Medical and sanitary report of the native army of Bengal for the year
Year: 1877
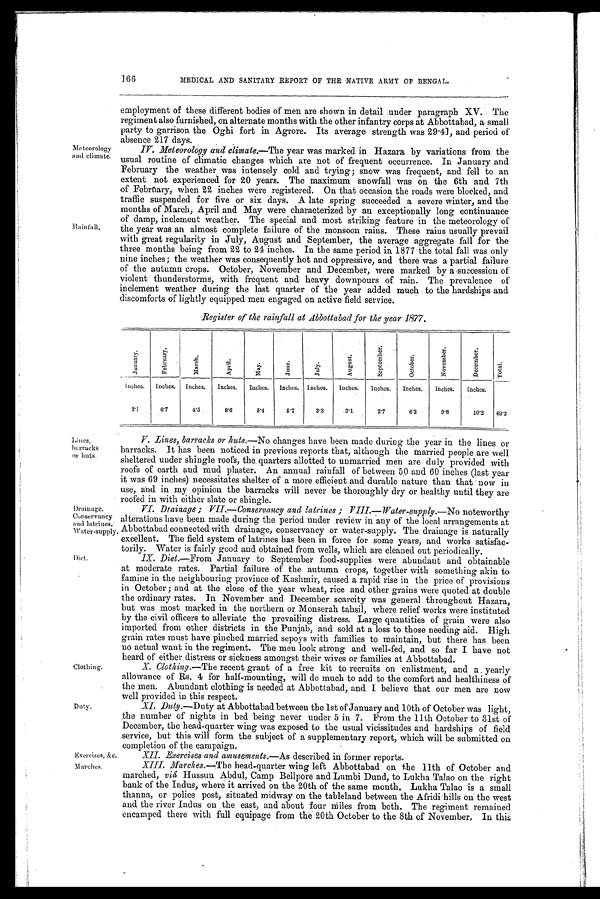
166
MEDICAL AND SANITARY REPORT OF THE NATIVE ARMY OF BENGAL.
Meteorology
and climate.
Rainfall.
employment of these different bodies of men are shown in detail under paragraph XV. The
regiment also furnished, on alternate months with the other infantry corps at Abbottabad, a small
party to garrison the Oghi fort in Agrore. Its average strength was 29.41, and period of
absence 217 clays.
IV. Meteorology and climate.—The year was marked in Hazara by variations from the
usual routine of climatic changes which are not of frequent occurrence. In January and
February the weather was intensely cold and trying; snow was frequent, and fell to an
extent not experienced for 20 years. The maximum snowfall was on the 6th and 7th
of February, when 22 inches were registered. On that occasion the roads were blocked, and
t r a f f i c s u s p e n d e d f o r f i v e o rs i x
d a y s . A l a t e s p r i n g s u c c e e d e d a s e v e r e w i n t e r , a n d t h e
months of March, April and May were characterized by an exceptionally long continuance
of damp, inclement weather. The special and most striking feature in the meteorology of
the year was an almost complete failure of the monsoon rains. These rains usually prevail
with great regularity in July, August and September, the average aggregate fall for the
three months being from 22 to 24 inches. In the same period in 1877 the total fall was only
nine inches; the weather was consequently hot and oppressive, and there was a partial failure
of the autumn crops. October, November and December, were marked by a succession of
violent thunderstorms, with frequent and heavy downpours of rain. The prevalence of
inclement weather during the last quarter of the year added much to the hardships and
discomforts of lightly equipped men engaged on active field service.
Register of the rainfall at Abbottabad for the year 1877.
January.
F e b r u a r y .
M a r c h .
A p r i l .
M a y .
J u n e .
J u l y .
A u g u s t .
S e p t e mb e r .
O c t o b e r .
N o v e m b e r .
D e c e m b e r .
Tot al .
Inches.
Inches.
Inches.
Inches.
Inches.
Inches.
Inches.
Inches.
Inches.
Inches. Inches.
Inches.
3.1
6.7
4.5.
8.6
5.4
5.7
3.3
3 . 1
2.7
6.2
9 . 8
10.2
69.3
Lines,
barracks
or huts.
Drainage.
Conservancy
and latrines.
Water-supply.
Diet.
Clothing.
Duty.
Exercises, &c.
Marches.
V. Lines, barracks or huts.— No changes have been made during the year in the lines or
barracks. It has been noticed in previous reports that, although the married people are well
sheltered under shingle roofs, the. quarters allotted to unmarried men are duly provided with
roofs of earth and mud plaster. An annual rainfall of between 50 and 60 inches (last year
it was 69 inches) necessitates shelter of a more efficient and durable nature than that now in
use, and in my opinion the barracks will never be thoroughly dry or healthy until they are
roofed in with either slate or shingle.
VI. Drainage; VII.—Conservancy and latrines; VIII.—Water-supply.—No noteworthy
alterations have been made, during the period under review in any of the local arrangements at
Abbottabad connected with drainage, conservancy or water-supply. The drainage is naturally
excellent. The field system of latrines has been in force for some years, and works satisfac-
torily. Water is fairly good and obtained from wells, which are cleaned out periodically.
IX. Diet.—From January to September food-supplies were abundant and obtainable
at moderate rates. Partial failure of the autumn crops, together with something akin to
famine in the neighbouring province of Kashmir, caused a rapid rise in the price of provisions
in October; and at the close of the year wheat, rice and other grains were quoted at double
the ordinary rates. In November and December scarcity was general throughout Hazara,
but was most marked in the northern or Monserah tahsil, Where relief works were instituted
by the civil officers to alleviate the prevailing distress. Large quantities of grain were also
imported from other districts in the Punjab, and sold at a loss to those needing aid. High
grain rates must have pinched married sepoys with families to maintain, but there has been
no actual want in the regiment. The men look strong and well-fed, and so far I have not
heard of either distress or sickness amongst their wives or families at Abbottabad.
X. Clothing.— The recent grant of a free kit to recruits on enlistment, and a yearly
allowance of Rs. 4 for half-mounting, will do much to add to the comfort and healthiness of
the men. Abundant clothing is needed at Abbottabad, and I believe that our men are now
well provided in this respect.
XI. Duty .—Duty at Abbottabad between the 1st of January and 10th of October was light,
the number of nights in bed being never under 5 in 7. From the 11th October to 31st of
December, the head-quarter wing was exposed to the usual vicissitudes and hardships of field
service, but this will form the subject of a supplementary report, which will be submitted on
completion of the campaign.
XII. Exercises and amusements.— As described in former reports.
XIII.
Marches.—The bead-quarter wing left Abbottabad on the 11th of October and
marched, vid Hussun Abdul, Camp Bellpore and Lumbi Dund, to Lukha Talao on the right
bank of the Indus, where it arrived on the 20th of the same month, Lukha Talao is a small
thanna, or police post, situated midway on the tableland between the Afridi hills on the west
and the river Indus on . the east, and about four Miles from both. The regiment remained
encamped there with full equipage from the 20th October to the 8th of November. In this